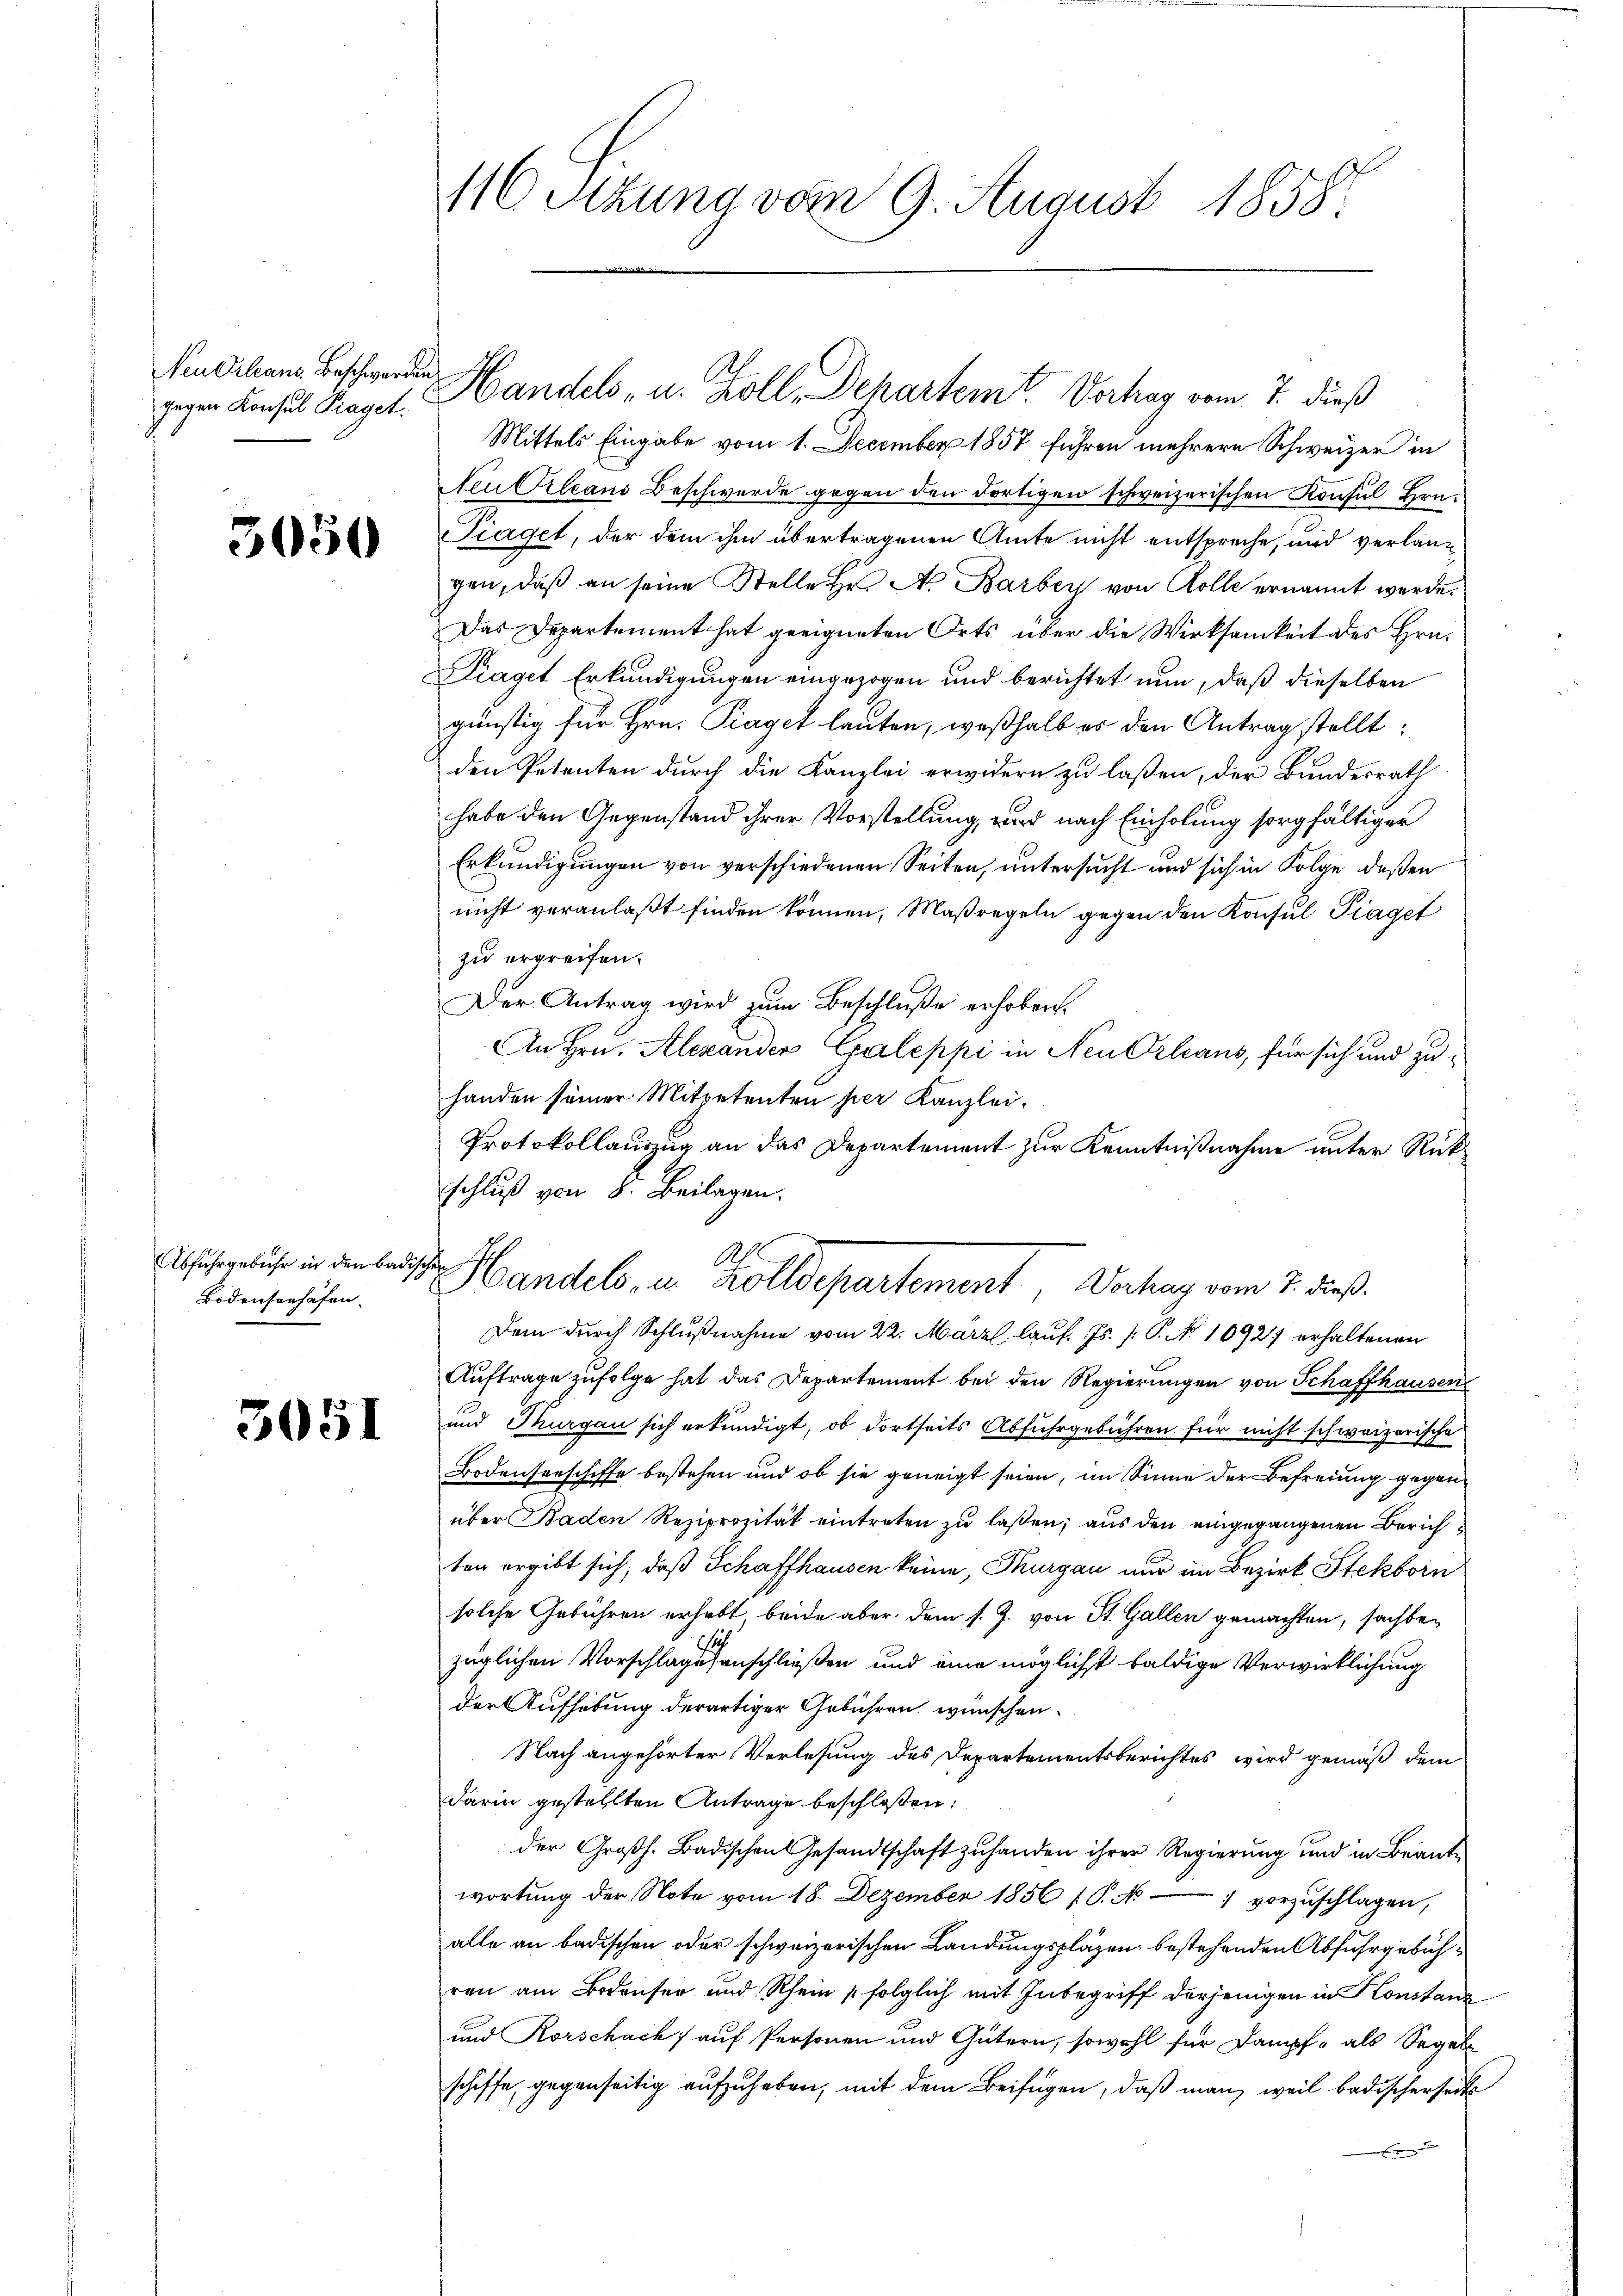
gegen Konsul Fraget.

3050

Abfuhrgebühr in den Badis¬
Bodensenhafen.

5051

116. Situng vom 9. August 1858.

Mittels Eingabe vom 1. December 1857 führen mehrere Schweizer in
Neu Orleans Beschwerde gegen den Fortigen schweizerischen Konsul Hrn.
Traget, der dem ihm übertragenen Amte nicht entspreche, und verlang
gen, daß an seine Stelle Hr. A. Barben von Kolle ernannt werde.
Das Departement hat geeigneten Orts über die Wirksamkeit des Hrn.
Diaget Erkundigungen eingezogen und berichtet nun, daß dieselben
günstig für Hrn. Piaget lauten, weßhalb es den Antrag stellt:
den Petenten durch die Kanzlei erwidern zu laßen, der Bundesrath
habe den Gegenstand ihrer Vorstellung, und nach Einholung sorgfältiger
Erkundigungen von verschiedenen Seiten, untersucht und sich in Folge deßen
nicht veranlaßt finden können, Maßregeln gegen den Konsul Piaget
zu ergreifen.
Der Antrag wird zŭm Beschluße erhoben.
An Hrn. Alexander Galeppi in Neu Orleans, für sich und zuhanden seiner Mitpetenten per Kanzlei.
Protokollauszug an das Departement zur Kenntnißnahme unter Rückschluß von 8. Beilagen.
s
Dem durch Schlußnahme vom 22. März, lauf. Js. /: P. No 10927 erhaltenen
Aŭftrage zufolge hat das Departement bei den Regierŭngen von Schaffhausen
und Thurgau sich erkundigt, ob dortseits Abfuhrgebühren für nicht schweizerische
Bodenseeschiffe bestehen und ob sie geneigt seien, im Sinne der Befreiung gegen
über Baden Reziprozität eintreten zu laßen; aus den eingegangenen Zürichten ergibt sich, daß Schaffhausen keine, Thurgau nur im Bezirk Stekborn
solche Gebühren erhebt beide aber dem s. Z. von St. Gallen gemachten, sachbezüglichen Vorschlagessenschließen und eine möglichst baldige Verwirklichung
der Aufhebung derartiger Gebühren wünschen.
Nach angehörter Verlesung des Departementsberichtes wird gemäß dem
darin gestellten Antrage beschlossen:
der Großh. Badischen Gesandtschaft zuhanden ihrer Regierung und in Beantwortŭng der Note vom 18. Dezember 1856 (P. Nr. 1 vorzŭschlagen,
alle an badischen oder schweizerischen Landungspläzen bestehenden Abfuhrgebühren am Bodenser und Rhein folglich mit Inbegriff derjenigen in Konstanz
und Rorschach auf Personen und Gütern, sowohl für Dampf, als Segelschiffe, gegenseitig aufzuheben, mit dem Beifügen, daß man, weil badischerheits
.

Nedlen Beschwerden Handels- u. Zoll, Dehartem Verhag vom 7. dieß

A.
Handels, in Zolldepartement, Verhag vom 7. dieß